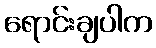
ရောင်းချပါက